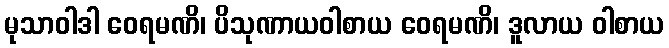
မုသာဝါဒါ ဝေရမဏိ၊ ပိသုဏာယဝါစာယ ဝေရမဏိ၊ ဒူလာယ ဝါစာယ